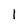
Character: l